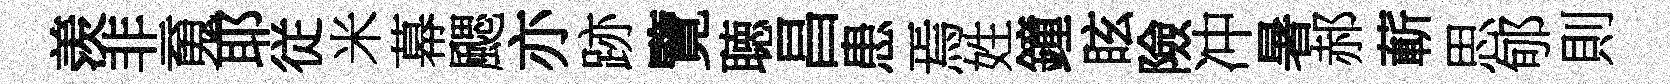
羡非䰟耶従米幕颸亦跡覽聴昌患焉姓鐘眩險冲暑郝蔪思郇則